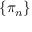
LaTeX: \{ \pi _ { n } \}